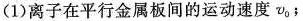
(1)离子在平行金属板间的运动速度v_{0};